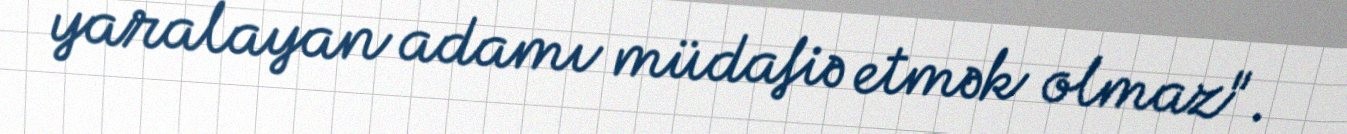
yaralayan adamı müdafiə etmək olmaz".